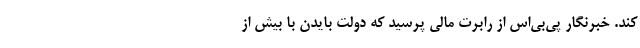
کند. خبرنگار پی‌بی‌اس از رابرت مالی پرسید که دولت بایدن با بیش از